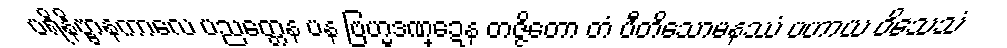
ပရိနိဗ္ဗာနကာလေ ပညတ္တေန ပန ဗြဟ္မဒဏ္ဍေန တဇ္ဇိတော တံ ပီတိသောမနဿံ ပဟာယ ဝိသေသံ